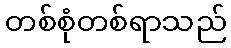
တစ်စုံတစ်ရာသည်